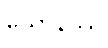
ယောနိဿ